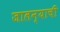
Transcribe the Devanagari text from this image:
जालन्याची